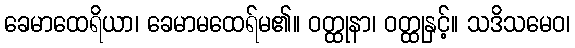
ခေမာထေရိယာ၊ ခေမာမထေရ်မ၏။ ဝတ္ထုနာ၊ ဝတ္ထုနှင့်။ သဒိသမေဝ၊